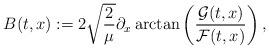
LaTeX: \begin{align*}B(t,x) := 2\sqrt{\frac 2\mu}\partial_x\arctan\left(\frac{\mathcal G(t,x)}{\mathcal F(t,x)}\right),\end{align*}